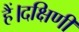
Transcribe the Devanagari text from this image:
हैं।दक्षिणी